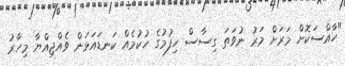
"ހާއްސަކޮށް މަރަށް މަރު ނުވަތަ ގިސާސް ހިފުމުގެ ހުކުމެއް ކަނޑައަޅަން ވެއްޖިއްޔާ މިހާރު